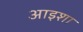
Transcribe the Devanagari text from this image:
आइशा